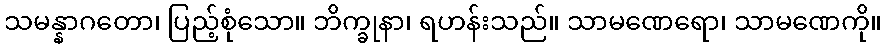
သမန္နာဂတော၊ ပြည့်စုံသော။ ဘိက္ခုနာ၊ ရဟန်းသည်။ သာမဏေရော၊ သာမဏေကို။